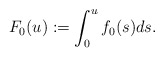
\begin{align*}F_0(u):=\int_0^u f_0(s)ds.\end{align*}